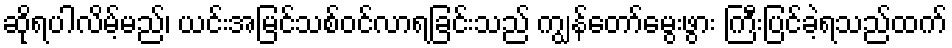
ဆိုရပါလိမ့်မည်၊ ယင်းအမြင်သစ်ဝင်လာရခြင်းသည် ကျွန်တော်မွေးဖွား ကြီးပြင်ခဲ့ရသည်ထက်